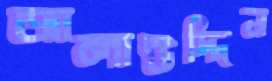
আলাউদ্দিন